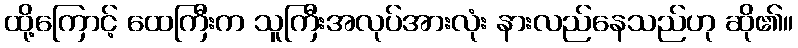
ထို့ကြောင့် ထေကြီးက သူကြီးအလုပ်အားလုံး နားလည်နေသည်ဟု ဆို၏။